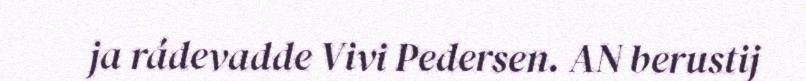
ja rádevadde Vivi Pedersen. AN berustij